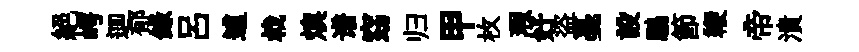
絶崿逥郁錄呂逋㦸燠谱窈归甲枚瑕好盜戞設鵬節鞭帝潰